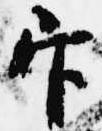
官